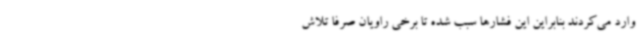
وارد می‌کردند بنابراین این فشارها سبب شده تا برخی راویان صرفا تلاش